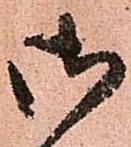
御